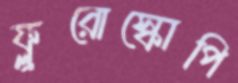
ফ্লুরোস্কোপি